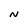
Character: N